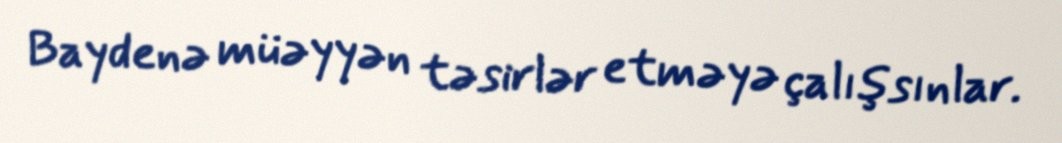
Baydenə müəyyən təsirlər etməyə çalışsınlar.